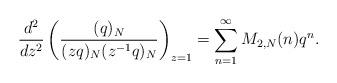
LaTeX: \begin{align*}\frac{d^2}{dz^2}\left( \frac{(q)_N}{(z q)_N(z^{-1}q)_N} \right)_{z=1}=\sum_{n=1}^{\infty}M_{2,N}(n)q^n.\end{align*}